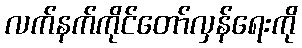
လက်နက်ကိုင်တော်လှန်ရေးကို